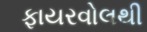
ફાયરવોલથી